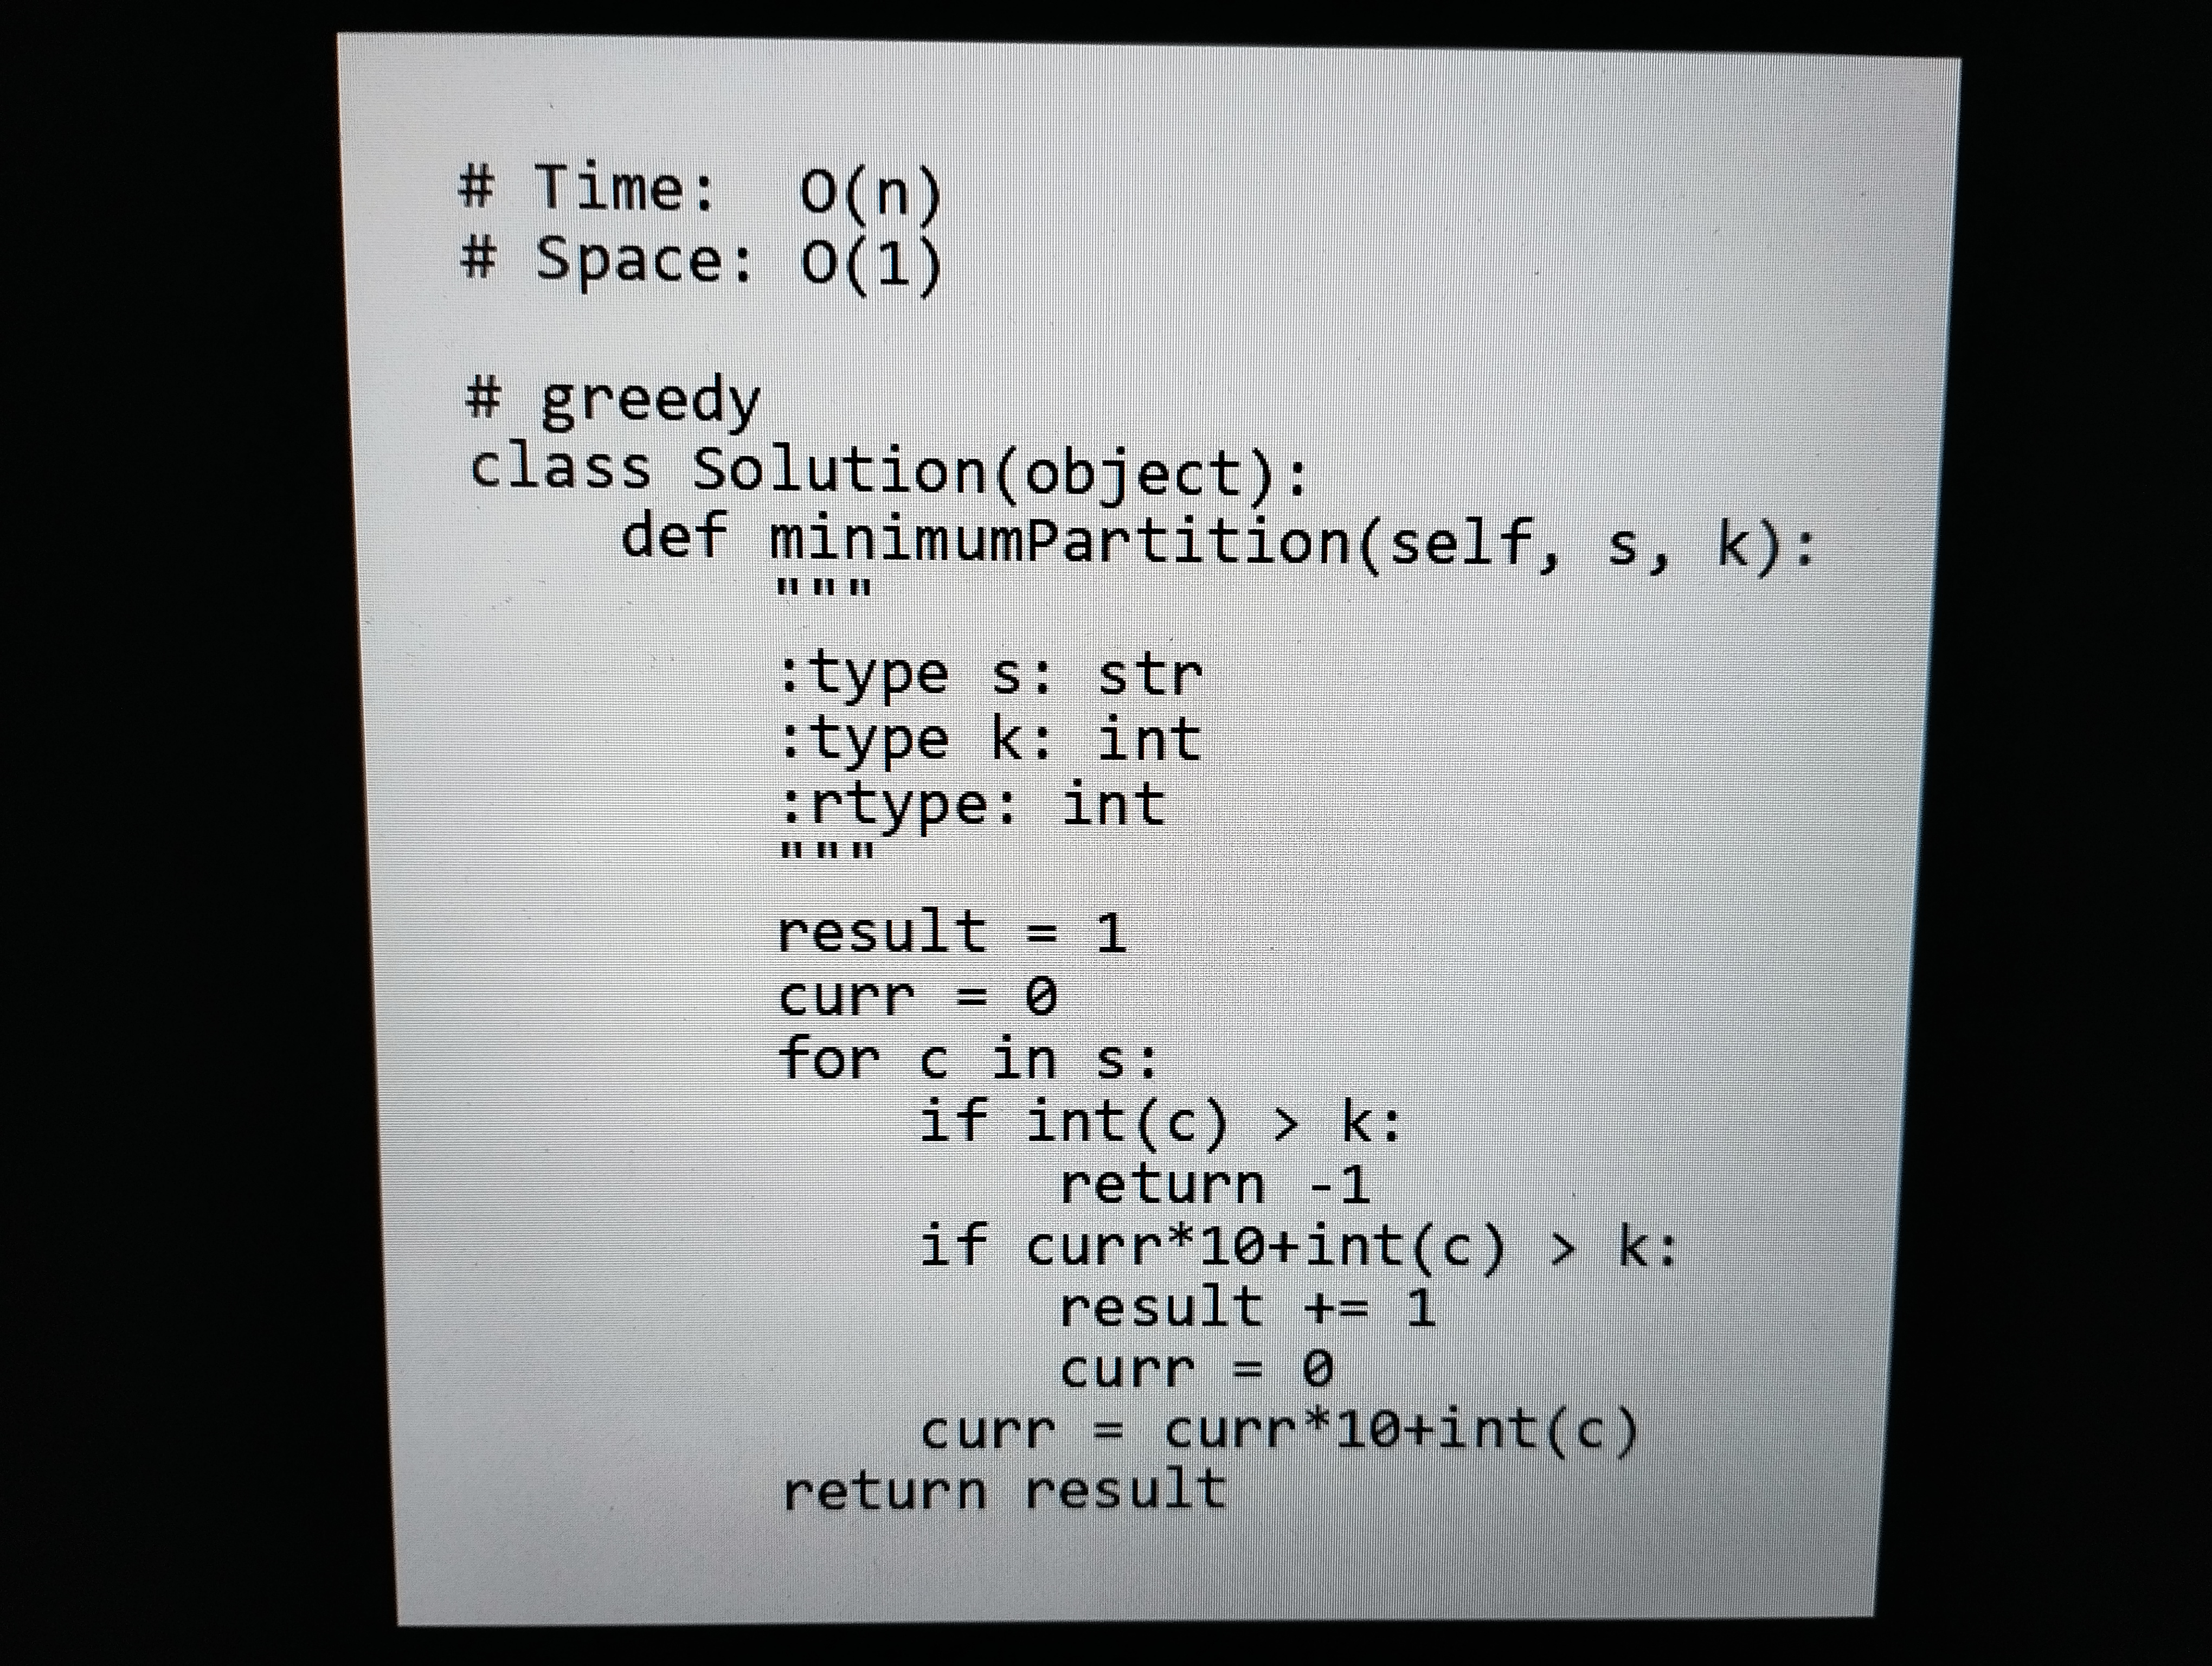
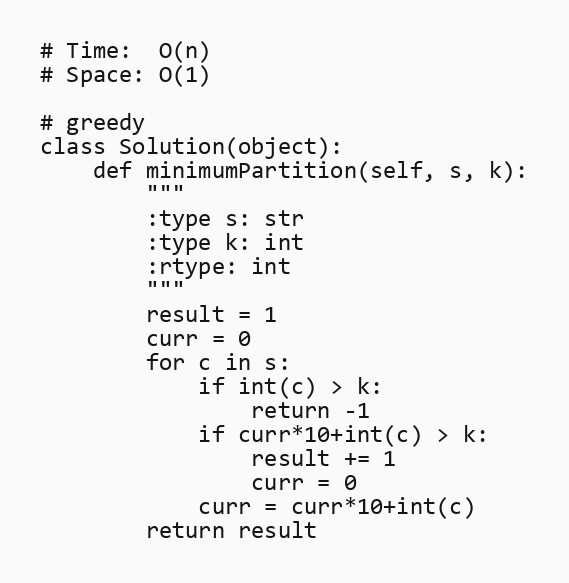
# Time:  O(n)
# Space: O(1)

# greedy
class Solution(object):
    def minimumPartition(self, s, k):
        """
        :type s: str
        :type k: int
        :rtype: int
        """
        result = 1
        curr = 0
        for c in s:
            if int(c) > k:
                return -1
            if curr*10+int(c) > k:
                result += 1
                curr = 0
            curr = curr*10+int(c)
        return result